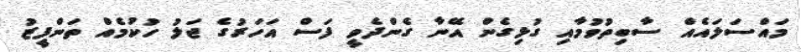
މައްސަލައެއް ސާބިތުވުމާއި ގުޅިގެން އޭނާ ގެންދެވީ ފަސް އަހަރުގެ ޖަލު ހުކުމެއް ތަންފީޒު